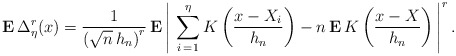
\begin{align*}{\bf E}\,\Delta _{\eta }^{r}(x)=\frac{1}{\left( \sqrt{n}\,h_{n}\right) ^{r}}\,{\bf E}\left| {\bf \,}\sum_{i{\bf \,}=1}^{\eta }K\left( \frac{x-X_{i}}{h_{n}}\right) -n\,{\bf E}\,K\left( \frac{x-X}{h_{n}}\right) \,\right| ^{r}.\end{align*}